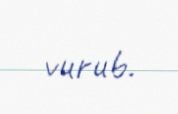
vurub.